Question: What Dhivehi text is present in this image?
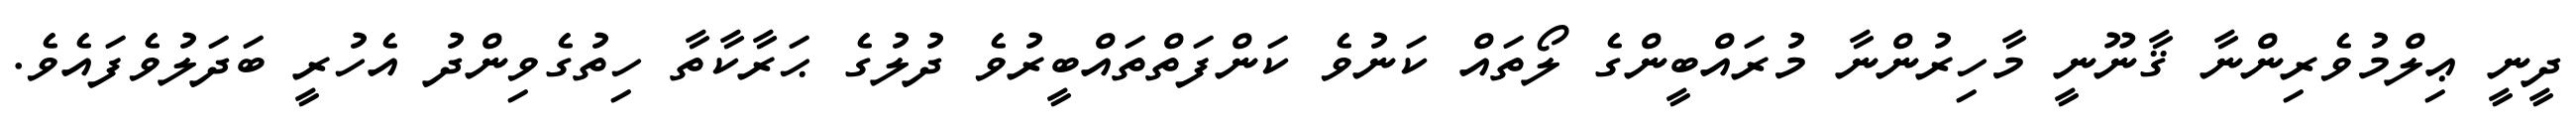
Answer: ދީނީ ޢިލްމުވެރިންނާ ޤާނޫނީ މާހިރުންނާ މުރައްބީންގެ ލޯތައް ކަނުވެ ކަންފަތްތައްބީރުވެ ދުލުގެ ޙަރާކާތާ ހިތުގެވިންދު އެހުރީ ބަދަލުވެފައެވެ.